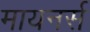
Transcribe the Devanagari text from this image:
मायनर्स